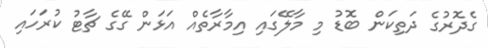
ގެދޮރުގެ ދަތިކަން ބޮޑު މި މާލޭގައި އިމާރާތެއް އަޅަން ގޭގެ ޗާޓު ކުރަހައި